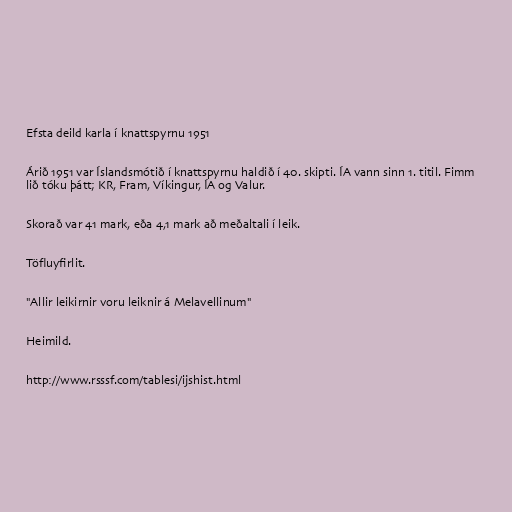
Efsta deild karla í knattspyrnu 1951

Árið 1951 var Íslandsmótið í knattspyrnu haldið í 40. skipti. ÍA vann sinn 1. titil. Fimm
lið tóku þátt; KR, Fram, Víkingur, ÍA og Valur.

Skorað var 41 mark, eða 4,1 mark að meðaltali í leik.

Töfluyfirlit.

"Allir leikirnir voru leiknir á Melavellinum"

Heimild.

http://www.rsssf.com/tablesi/ijshist.html